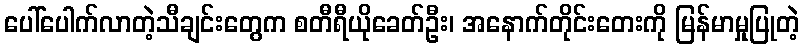
ပေါ်ပေါက်လာတဲ့သီချင်းတွေက စတီရီယိုခေတ်ဦး၊ အနောက်တိုင်းတေးကို မြန်မာမှုပြုတဲ့